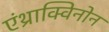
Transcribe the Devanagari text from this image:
एंथ्राक्विनोन